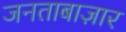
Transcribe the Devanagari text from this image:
जनताबाज़ार